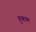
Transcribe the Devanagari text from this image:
हुकाम